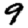
Digit: 9